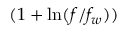
( 1 + \ln ( { f } / f _ { w } ) )